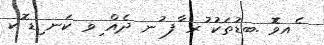
ެއވެޮ .ބޑުތަކު ުރ ާފ ުނ ދެއް ިވ ކަނ ިޑ ޮކ